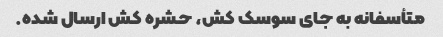
متأسفانه به جای سوسک کش، حشره کش ارسال شده.